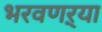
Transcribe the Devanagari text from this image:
भरवणऱ्या